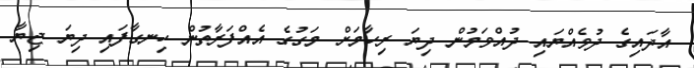
އާދައިގެ ދުވެއްޔައި ދުއްވަމުން ދިޔަ ރިހާމަށް މަގުގެ އެއްފަރާތުން ހިނގާފައި ދިޔަ ޖިޔާ